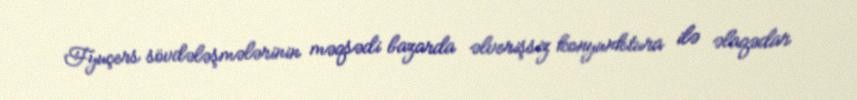
Fyuçers sövdələşmələrinin məqsədi bazarda əlverişsiz konyunktura ilə əlaqədar